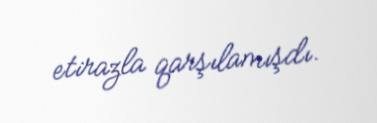
etirazla qarşılamışdı.